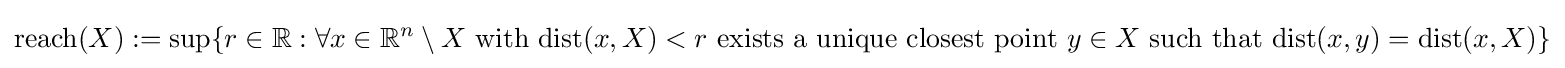
{\text{reach}}(X):=\sup\{r\in \mathbb {R} :\forall x\in \mathbb {R} ^{n}\setminus X{\text{ with }}{\rm {dist}}(x,X)<r{\text{ exists a unique closest point }}y\in X{\text{ such that }}{\rm {dist}}(x,y)={\rm {dist}}(x,X)\}